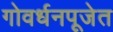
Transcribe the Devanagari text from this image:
गोवर्धनपूजेत